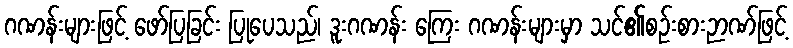
ဂဏန်းများဖြင့် ဖော်ပြခြင်း ပြုပေသည်၊ ဒူးဂဏန်း ကြေး ဂဏန်းများမှာ သင်၏စဉ်းစားဉာဏ်ဖြင့်